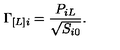
\Gamma _ { [ L ] i } = \frac { P _ { i L } } { \sqrt { S _ { i 0 } } } .